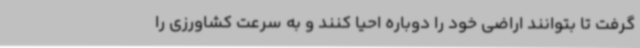
گرفت تا بتوانند اراضی خود را دوباره احیا کنند و به سرعت کشاورزی را